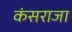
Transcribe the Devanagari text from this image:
कंसराजा